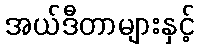
အယ်ဒီတာများနှင့်